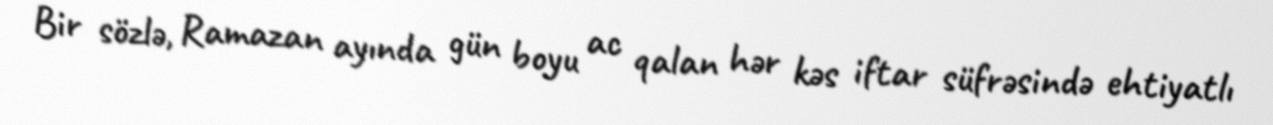
Bir sözlə, Ramazan ayında gün boyu ac qalan hər kəs iftar süfrəsində ehtiyatlı